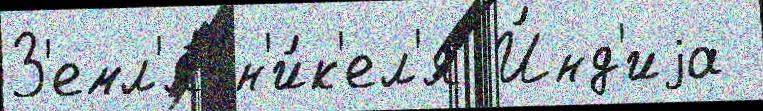
З'емл'я́ н'и́к'ел'я И́нд'иjа